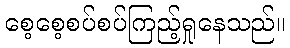
စေ့စေ့စပ်စပ်ကြည့်ရှုနေသည်။